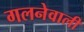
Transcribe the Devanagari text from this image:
गलनेवाली